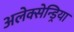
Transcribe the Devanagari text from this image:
अलेक्सेन्ड्रिया